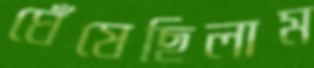
ঘেঁষেছিলাম